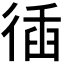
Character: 𢔣